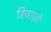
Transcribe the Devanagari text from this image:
रिवाज़ो